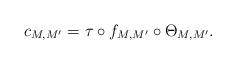
LaTeX: \begin{align*} c_{M,M'} = \tau\circ f_{M,M'} \circ \Theta_{M,M'}.\end{align*}